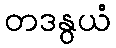
တဒနွယံ